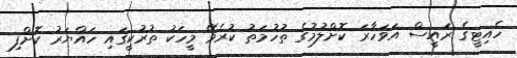
ހެއިޓީގެ ރައީސް އަވަހާރަ ކޮށްލުމުގެ ތުހުމަތު ކުރެވޭ މީހަކު ތުރުކީގައި ހައްޔަރު ކޮށްފި